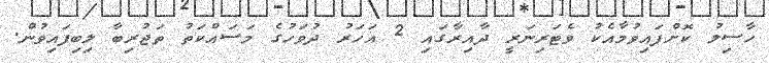
ހާސިލު ކޮށްފައިވުމާއެކު ވެޓަރިނަރީ ދާއިރާގައި 2 އަހަރު ދުވަހުގެ މަސައްކަތު ތަޖުރިބާ ލިބިފައިވުން.